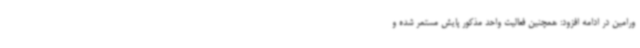
ورامین در ادامه افزود: همچنین فعالیت واحد مذکور پایش مستمر شده و